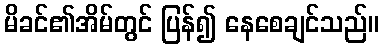
မိခင်၏အိမ်တွင် ပြန်၍ နေစေချင်သည်။